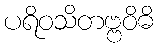
ပရိဝသိတဗ္ဗဝိဓိ